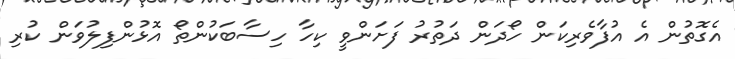
އެގޮތުން އެ އުފާވެރިކަން ހޯދަން ދަތުރު ފަށަންވީ ކިހާ ހިސާބަކުންތޯ އޮޅުންފިލުވަން ކުރި